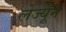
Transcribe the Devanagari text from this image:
लेज्यून